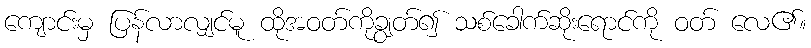
ကျောင်းမှ ပြန်လာလျှင်မူ ထိုအဝတ်ကိုချွတ်၍ သစ်ခေါက်ဆိုးရောင်ကို ဝတ် လေ၏။